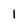
Character: 1